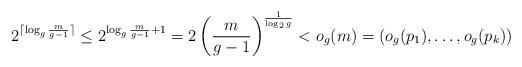
LaTeX: \begin{align*}2^{\lceil \log_g{\frac{m}{g-1}}\rceil} \leq 2^{\log_g{\frac{m}{g-1}} + 1} = 2\left({\frac{m}{g-1}}\right)^{\frac{1}{\log_2 g}} < o_g(m)=(o_g(p_1),\dots,o_g(p_k))\end{align*}